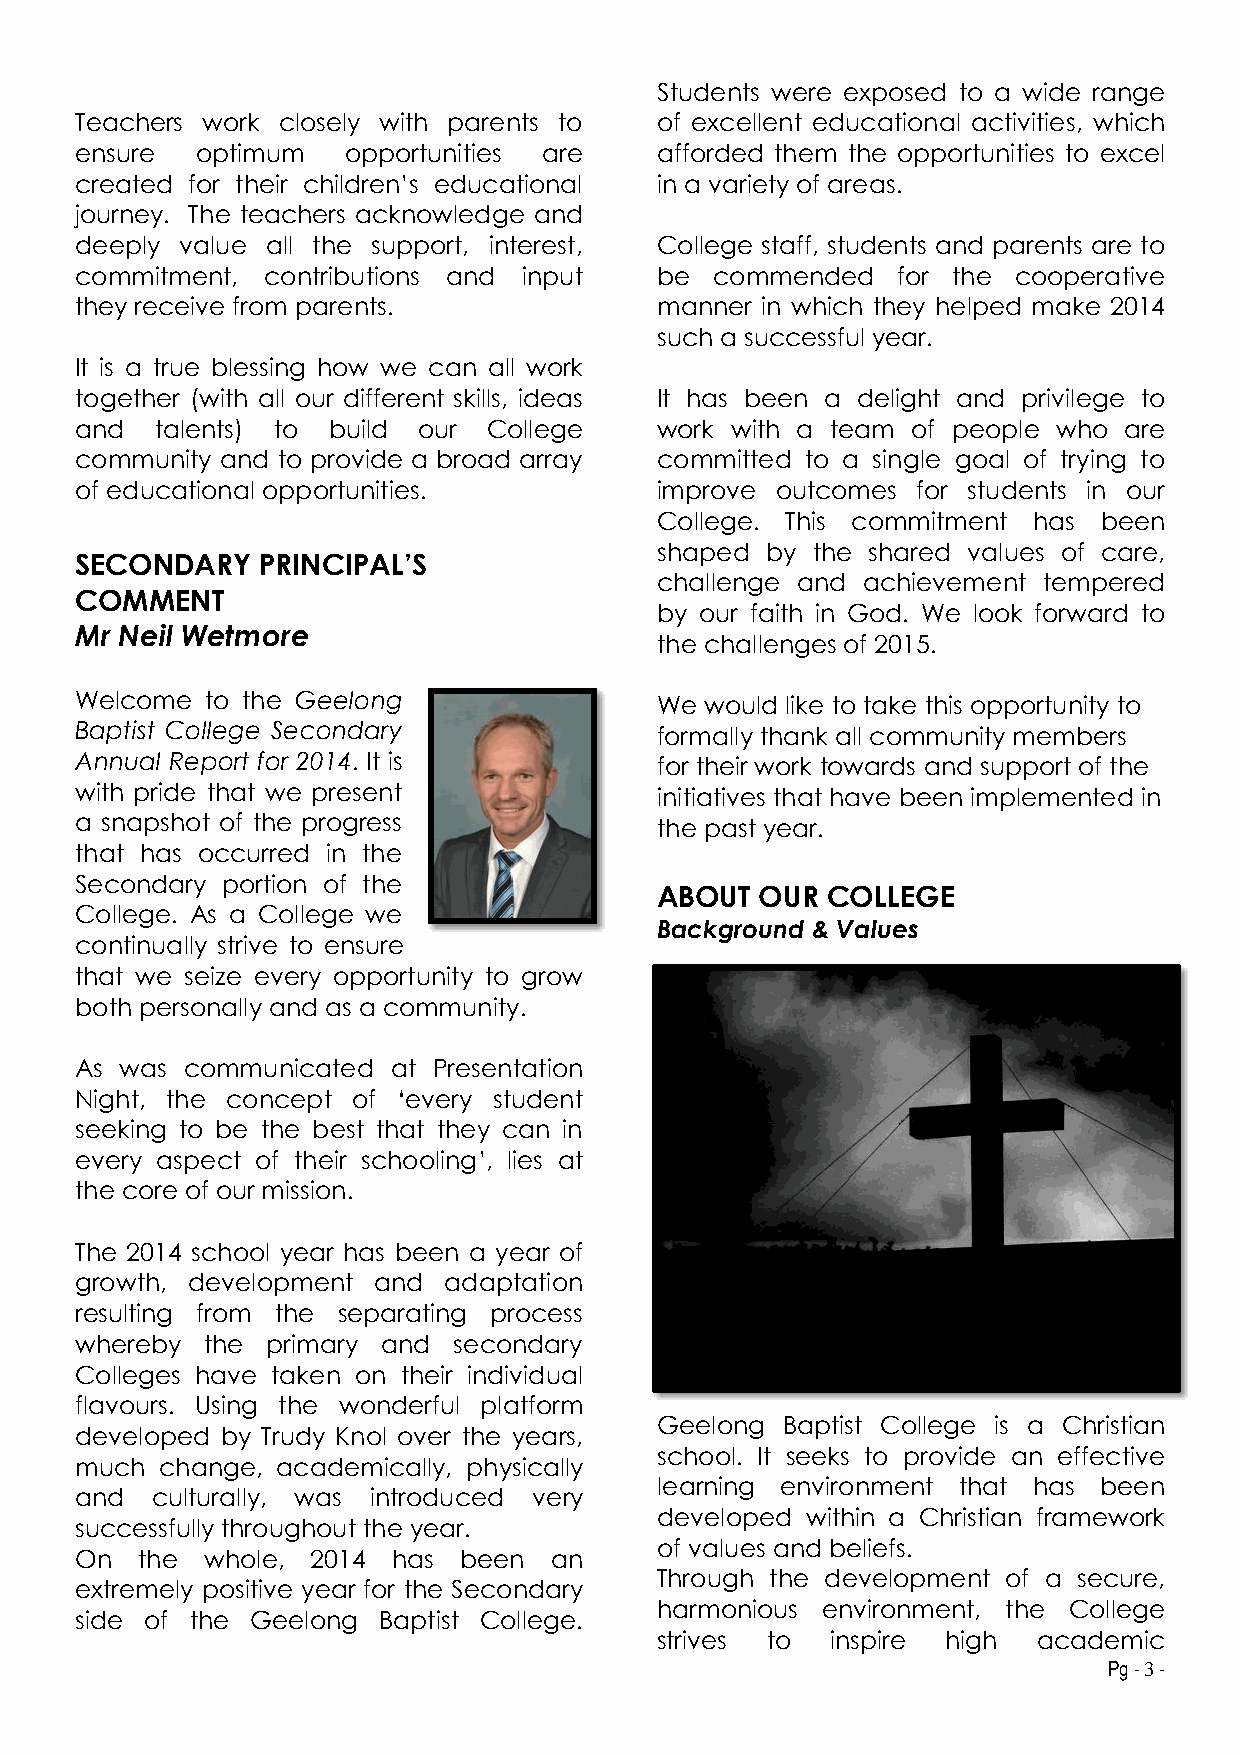
Students were exposed to a wide range
 Teachers work closely with parents to of excellent educational activities, which
 ensure  optimum   opportunities are   afforded them the opportunities to excel
 created for their children’s educational in a variety of areas.
 journey. The teachers acknowledge and
 deeply value all the support, interest, College staff, students and parents are to
 commitment, contributions and input   be  commended   for the cooperative
 they receive from parents.            manner in which they helped make 2014
 such a successful year.
 It is a true blessing how we can all work
 together (with all our different skills, ideas It has been a delight and privilege to
 and  talents) to build our College    work with a team of people who are
 community and to provide a broad array committed to a single goal of trying to
 of educational opportunities.         improve outcomes  for students in our
 College. This commitment has  been
 shaped  by the shared values of care,
 SECONDARY   PRINCIPAL’S
 challenge and achievement tempered
 COMMENT
 by our faith in God. We look forward to
 Mr Neil Wetmore
 the challenges of 2015.
 Welcome  to the Geelong               We  would like to take this opportunity to
 Baptist College Secondary             formally thank all community members
 Annual Report for 2014. It is         for their work towards and support of the
 with pride that we present            initiatives that have been implemented in
 a snapshot of the progress            the past year.
 that has occurred in the
 Secondary portion of the
 ABOUT  OUR  COLLEGE
 College. As a College we
 Background & Values
 continually strive to ensure
 that we seize every opportunity to grow
 both personally and as a community.
 As was communicated  at Presentation
 Night, the concept of ‘every student
 seeking to be the best that they can in
 every aspect of their schooling’, lies at
 the core of our mission.
 The 2014 school year has been a year of
 growth, development and adaptation
 resulting from the separating process
 whereby  the primary and secondary
 Colleges have taken on their individual
 flavours. Using the wonderful platform
 Geelong  Baptist College is a Christian
 developed by Trudy Knol over the years,
 school. It seeks to provide an effective
 much  change, academically, physically
 learning environment that has been
 and  culturally, was introduced very
 developed within a Christian framework
 successfully throughout the year.
 of values and beliefs.
 On  the whole,  2014 has been  an
 Through the development of a secure,
 extremely positive year for the Secondary
 harmonious environment, the College
 side of the Geelong Baptist College.
 strives to  inspire high  academic
 Pg - 3 -